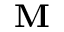
\textbf { M }